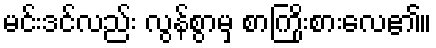
မင်းဒင်လည်း လွန်စွာမှ စာကြိုးစားလေ၏။